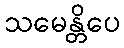
သမေန္တိပေ